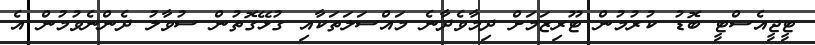
ޓީޖީއެސްޓީ ބޮޑު ކުރުމުން ޓޫރިޒަމަށް ދިމާވެދާނެ މައްސަލަތަކާއި ގުޅޭގޮތުން ސުވާލު ދެންނެވުމުން އެ